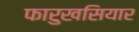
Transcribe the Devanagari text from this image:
फारुखसियार